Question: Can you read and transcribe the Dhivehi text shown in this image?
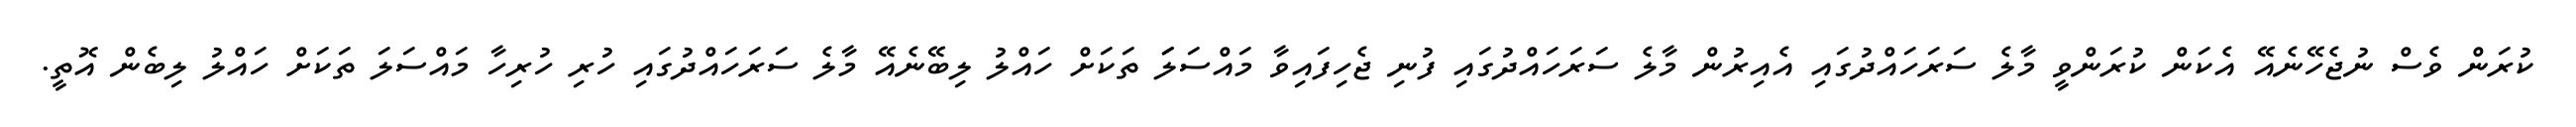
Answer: ކުރަން ވެސް ނުޖެހޭނެއޭ އެކަން ކުރަންވީ މާލެ ސަރަހައްދުގައި އެއިރުން މާލެ ސަރަހައްދުގައި ފުނި ޖެހިފައިވާ މައްސަލަަ ތަކަށް ހައްލު ލިބޭނެއޭ މާލެ ސަރަހައްދުގައި ހުރި ހުރިހާ މައްސަލަ ތަކަށް ހައްލު ލިބެން އޮތީ.